Indian journal of veterinary science and animal husbandry - Volume 1,
Year: 1931
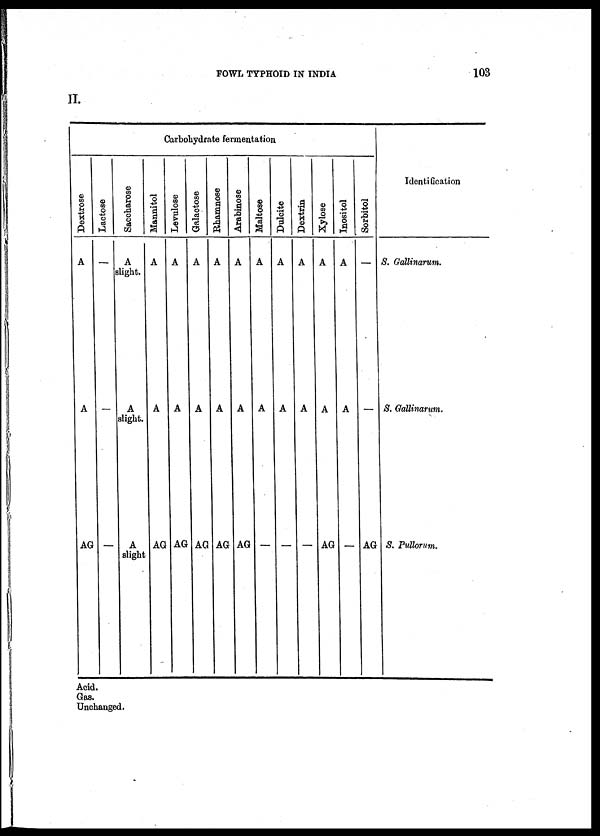
FOWL TYPHOID IN INDIA
103
II.
Carbohydrate fermentation
Dextrose
A
A
AG
Lactose
—
—
Saccharose
A
slight.
A
slight.
A
slight
Mannitol
A
A
AG
Levulose
A
A
AG
Galactose
A
A
AG
Rhamnose
A
A
AG
Arabinose
A
A
AG
Maltose
A
A
—
Dulcite
A
A
—
Dextrin
A
A
—
Xylose
A
A
AG
Inositol
A
A
—
Sorbitol
—
—
AG
Identification
S. Gallinarum.
S. Gallinarum.
S. Pullorum.
Acid.
Gas.
Unchanged.